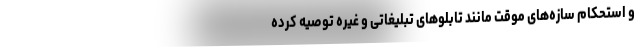
و استحکام سازه‌های موقت مانند تابلوهای تبلیغاتی و غیره توصیه کرده